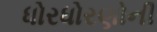
ધોરધોરણોની